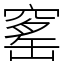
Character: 窰